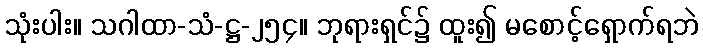
သုံးပါး။ သဂါထာ-သံ-ဋ္ဌ-၂၅၄။ ဘုရားရှင်၌ ထူး၍ မစောင့်ရှောက်ရဘဲ